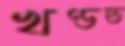
খণ্ডত